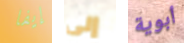
إيفا إلى أبوية